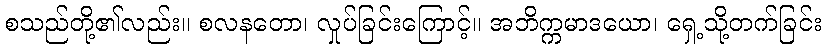
စသည်တို့၏လည်း။ စလနတော၊ လှုပ်ခြင်းကြောင့်။ အဘိက္ကမာဒယော၊ ရှေ့သို့တက်ခြင်း